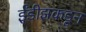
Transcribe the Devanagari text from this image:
ईंडीझकडून